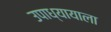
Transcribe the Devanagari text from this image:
उपाध्यायाला